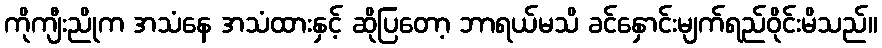
ကိုကျီးညိုက အသံနေ အသံထားနှင့် ဆိုပြတော့ ဘာရယ်မသိ ခင်နှောင်းမျက်ရည်ဝိုင်းမိသည်။